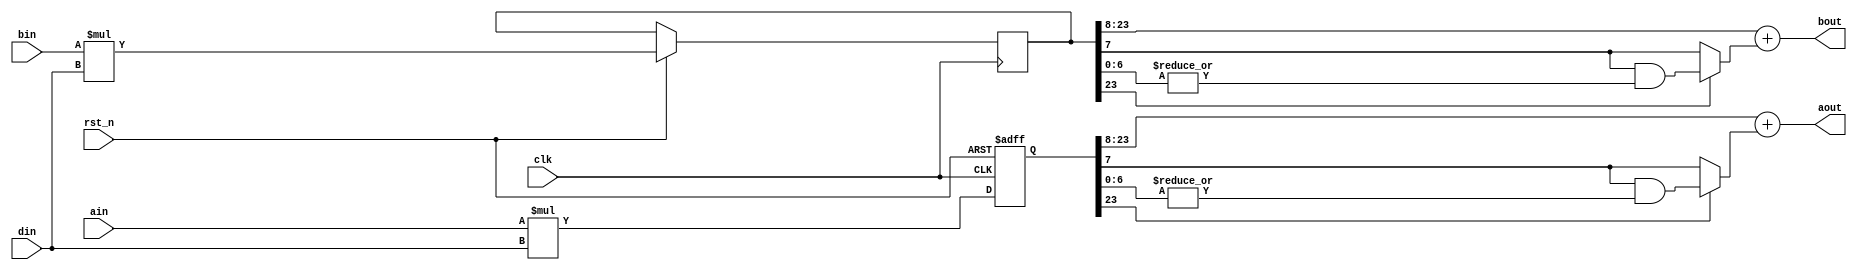
/************************************************************************************************
*  Name         :mul2.v
*  Description  :
*  Origin       :200321
************************************************************************************************/
module mul2
(
   input    wire                     clk         ,        
   input    wire                     rst_n       ,
   input    wire  signed   [12-1 :0] din         ,
   input    wire  signed   [12-1 :0] ain         ,
   input    wire  signed   [12-1 :0] bin         ,
   output   wire  signed   [16-1 :0] aout        ,
   output   wire  signed   [16-1 :0] bout        
);

reg signed[24-1:0]aout_b;
reg signed[24-1:0]bout_b;
localparam BOUT = 24;
localparam COUT = 16;
// 
wire    carry_bit0   =  aout_b[BOUT-1] ? ( aout_b[BOUT-(COUT-1)-1-1] & ( |aout_b[BOUT-(COUT-1)-1-1-1:0] ) ) : aout_b[BOUT-(COUT-1)-1-1] ;
assign  aout         = {aout_b[BOUT-1], aout_b[BOUT-1:BOUT-(COUT-1)-1]} + carry_bit0 ;
wire    carry_bit1   =  bout_b[BOUT-1] ? ( bout_b[BOUT-(COUT-1)-1-1] & ( |bout_b[BOUT-(COUT-1)-1-1-1:0] ) ) : bout_b[BOUT-(COUT-1)-1-1] ;
assign  bout         = {bout_b[BOUT-1], bout_b[BOUT-1:BOUT-(COUT-1)-1]} + carry_bit1 ;

always@(posedge clk or negedge rst_n)begin
    if ( !rst_n ) begin
        aout_b  <=  'd0;
        aout_b  <=  'd0;
    end else begin
        aout_b  <=  ain * din;
        bout_b  <=  bin * din;
    end
end
endmodule